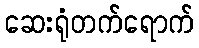
ဆေးရုံတက်ရောက်